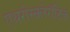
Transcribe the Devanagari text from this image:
एथरोस्क्लेरॉटिक